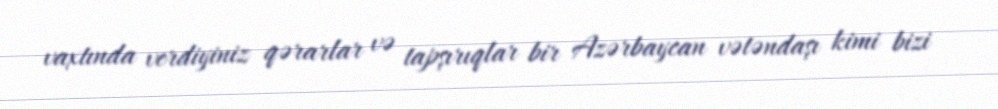
vaxtında verdiyiniz qərarlar və tapşırıqlar bir Azərbaycan vətəndaşı kimi bizi